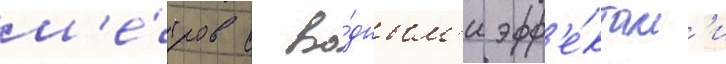
м'е́тров с во́дным'и эфф'е́ктам'и